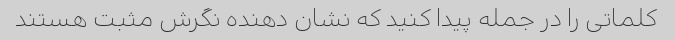
کلماتی را در جمله پیدا کنید که نشان دهنده نگرش مثبت هستند